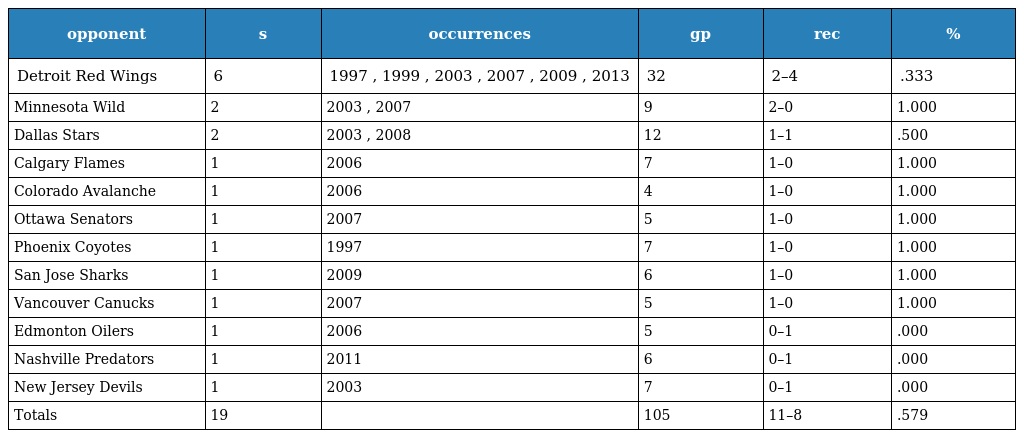
| opponent | s | occurrences | gp | rec | % |
 | --- | --- | --- | --- | --- | --- |
 | Detroit Red Wings | 6 | 1997 , 1999 , 2003 , 2007 , 2009 , 2013 | 32 | 2–4 | .333 |
 | Minnesota Wild | 2 | 2003 , 2007 | 9 | 2–0 | 1.000 |
 | Dallas Stars | 2 | 2003 , 2008 | 12 | 1–1 | .500 |
 | Calgary Flames | 1 | 2006 | 7 | 1–0 | 1.000 |
 | Colorado Avalanche | 1 | 2006 | 4 | 1–0 | 1.000 |
 | Ottawa Senators | 1 | 2007 | 5 | 1–0 | 1.000 |
 | Phoenix Coyotes | 1 | 1997 | 7 | 1–0 | 1.000 |
 | San Jose Sharks | 1 | 2009 | 6 | 1–0 | 1.000 |
 | Vancouver Canucks | 1 | 2007 | 5 | 1–0 | 1.000 |
 | Edmonton Oilers | 1 | 2006 | 5 | 0–1 | .000 |
 | Nashville Predators | 1 | 2011 | 6 | 0–1 | .000 |
 | New Jersey Devils | 1 | 2003 | 7 | 0–1 | .000 |
 | Totals | 19 |  | 105 | 11–8 | .579 |